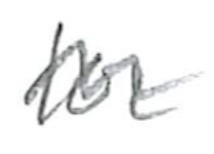
Text: for
Cross-out: wave
Writing tool: pencil